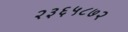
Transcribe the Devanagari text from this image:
२३६५८७२